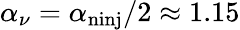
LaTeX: \alpha_{\nu}=\alpha_{\mathrm{n{inj}}}/2\approx 1.15